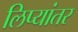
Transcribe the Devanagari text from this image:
लिप्यांतर